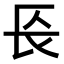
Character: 𨱗